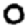
Digit: 0